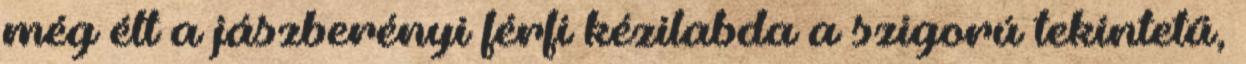
még élt a jászberényi férfi kézilabda a szigorú tekintetű,